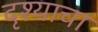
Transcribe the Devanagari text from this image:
दृश्याचा